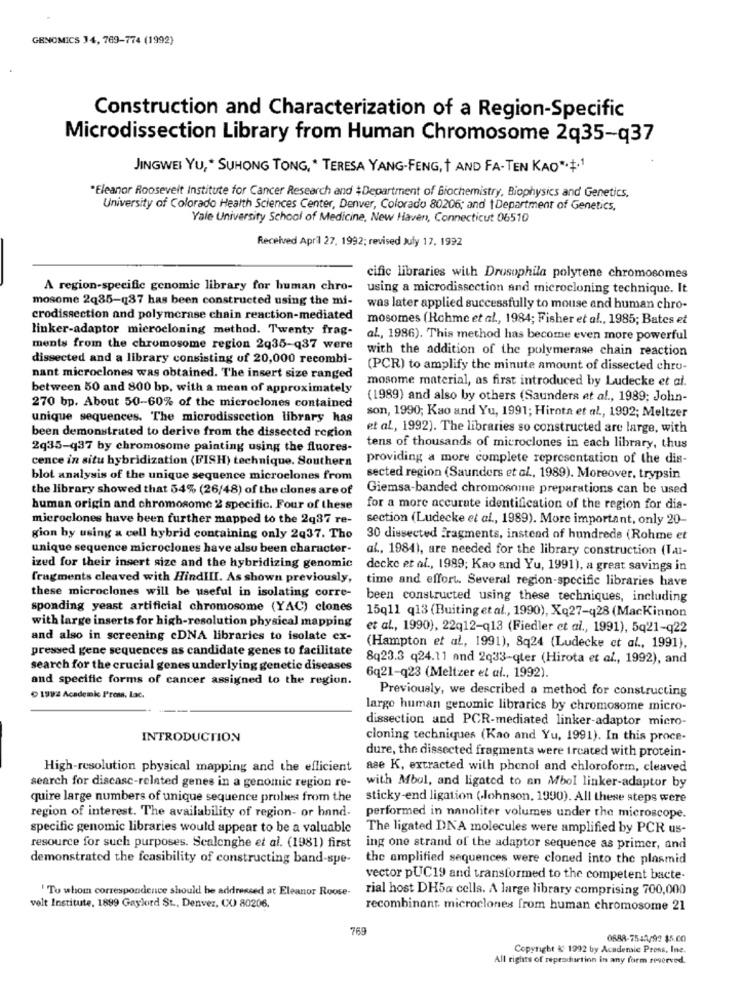
GENOMICS 14, 769-774 (1992)
Construction and Characterization of a Region-Specific
Microdissection Library from Human Chromosome 2q35-q37
JINGWEI YU, * SUHONG TONG, * TERESA YANG-FENG, + AND FA-TEN KAO*+*1
*Eleanor Roosevelt Institute for Cancer Research and #Department of Biochemistry, Biophysics and Genetics,
University of Colorado Health Sciences Center, Denver, Colorado 80206; and 1Department of Genetics.
Yale University School of Medicine, New Haven, Connecticut 06510
Received April 27. 1992; revised July 17, 1992
cific libraries with Drosophila polytene chromosomes
A region-specific genomic library for human chro-
using a microdissection and microcloning technique. It
mosome 2q35-(37 has been constructed using the mi-
was later applied successfully to mouse and human chro-
crodissection and polymerase chain reaction-mediated
mosomes (Hchmc et al ., 1984; Fisher et al ., 1985; Bates et
linker-adaptor microcloning method. Twenty frag-
al ., 1986). This method has become even more powerful
ments from the chromosome region 2q35-q37 were
with the addition of the polymerase chain reaction
dissected and a library consisting of 20,000 recombi-
(PCR) to amplify the minute amount of dissected chru-
nant microclones was obtained. The insert size ranged
mosome material, as first introduced by Ludecke et al.
between 50 and 800 bp, with a mean of approximately
(1989) and also by others (Saunders et al ., 1989; John-
270 bp. About 50-60% of the microclones contained
unique sequences. The microdisscetion library has
son, 1990; Kao and Yu, 1991; Hirota et al ., 1992; Meltzer
et al ., 1992). The libraries so constructed are large, with
been demonstrated to derive from the dissected region
2q35-q37 by chromosome painting using the fluores-
tens of thousands of microclones in each library, thus
cence in situ hybridization (FISH) technique. Southern
providing a more complete representation of the dis-
blot analysis of the unique sequence microclones from
sected region (Saunders et al ., 1989). Moreover, trypsin
the library showed that 54% (26/48) of the clones are of
Giemsa-banded chromosome preparations can be used
human origin and chromosome 2 specific. Four of these
for a more accurate identification of the region for dis-
microclones have been further mapped to the 2q37 re-
section (Ludecke et al ., 1989). More important, only 20-
gion by using a cell hybrid containing only 2q37. Tho
30 dissected Fragments, instead of hundreds (Rohme et
unique sequence microclones have also been character-
al ., 1984), are needed for the library construction (VAI-
ized for their insert size and the hybridizing genomic
decke et al ., 1989; Kao and Yu, 1991), a great savings in
fragments cleaved with HindIII. As shown previously,
time and effort. Several region-specific libraries have
these microclones will be useful in isolating corre-
been constructed using these techniques, including
sponding yeast artificial chromosome (YAC) clones
15q11 q13 (Buiting et al ., 1990), Xq27-q28 (Mackinnon
with large inserts for high-resolution physical mapping
et al ., 1990), 22q12-q13 (Fiedler et al ., 1991), 5q21-q22
and also in screening cDNA libraries to isolate ex-
pressed gene sequences as candidate genes to facilitate
(Hampton et al, 1991), 8q24 (Ludecke et al ., 1991),
8q23.3 q24.11 and 2q33-qter (Hirota et al ., 1992), and
search for the crucial genes underlying genetic diseases
and specific forms of cancer assigned to the region.
6q21-q23 (Meltzer et al ., 1992).
Previously, we described a method for constructing
( 1992 Academic Press, Lac.
large human genomic libraries by chromosome micro-
dissection and PCR-mediated linker-adaptor micro-
INTRODUCTION
cloning techniques (Kao and Yu, 1991). In this proce-
dure, the dissected fragments were treated with protein-
High-resolution physical mapping and the efficient
ase K, extracted with phenol and chloroform, cleaved
search for disease-related genes in a genomic region re-
with Mbul, and ligated to an Mbol linker-adaptor by
quire large numbers of unique sequence probes from the
sticky-end ligation (.Johnson, 1990). All these steps were
region of interest. The availability of region- or hand-
performed in nanoliter volumes under the microscope.
specific genomic libraries would appear to be a valuable
The ligated DNA molecules were amplified by PCR us-
resource for such purposes. Scalenghe et al. (1981) first
ing one strand of the adaptor sequence as primer, and
demonstrated the feasibility of constructing band-spe-
the amplified sequences were cloned into the plasmid
vector pUC19 and transformed to the competent bacte-
'Tu whom correspondence should be addressed at Eleanor Roose-
rial host DH5a cells. A large library comprising 700,000
velt Institute, 1899 Gaylord St ., Denvez, CO 80206.
recombinant. microclones from human chromosome 21
769
0888-7542/92 15.00
Copyright & 1992 by Academic Press, Ine.
All rights of reproduction in any form reserved.